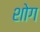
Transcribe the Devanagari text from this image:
शोग